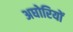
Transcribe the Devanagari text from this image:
अघोरियों